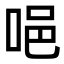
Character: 唈